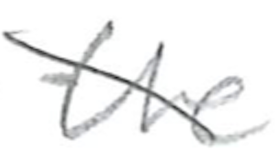
Text: the
Cross-out: diagonal
Writing tool: pencil